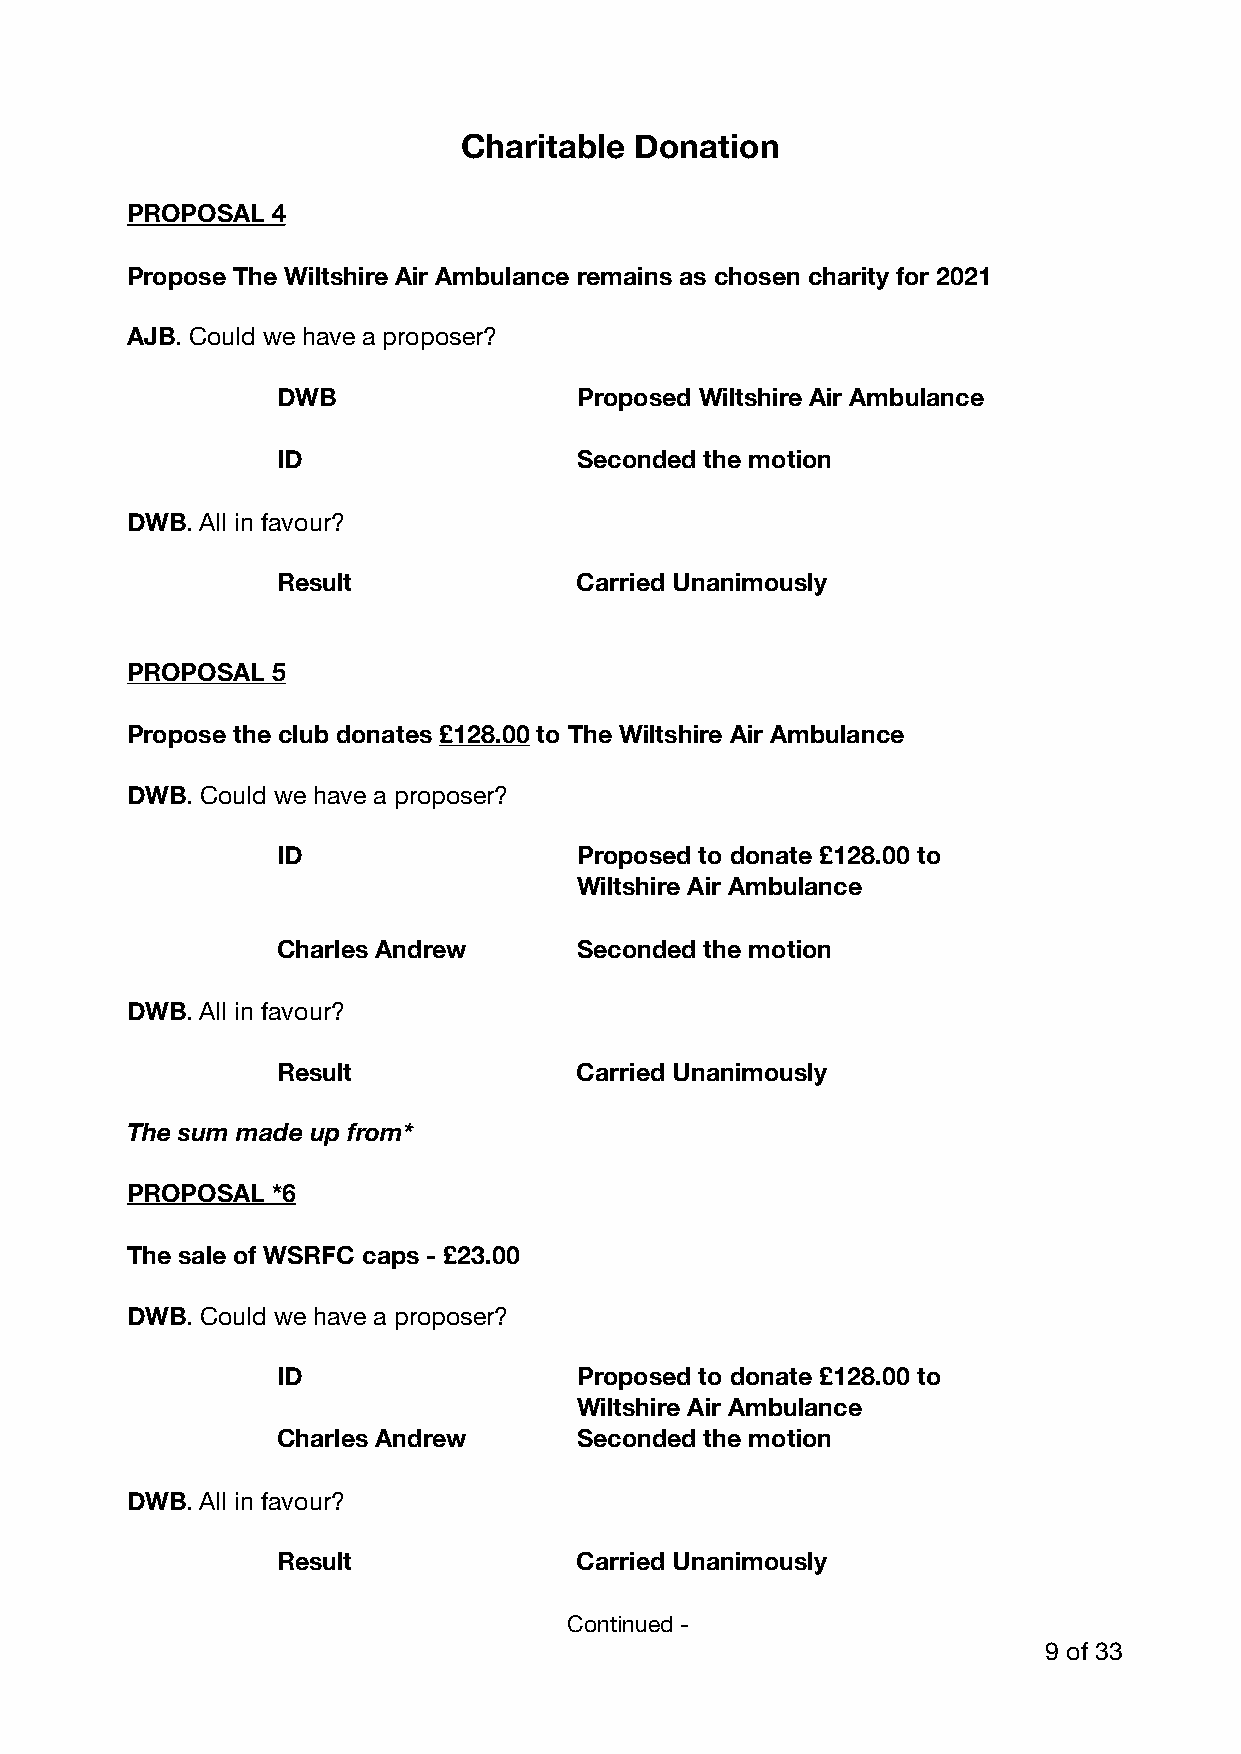
Charitable Donation
 PROPOSAL  4
 Propose The Wiltshire Air Ambulance remains as chosen charity for 2021
 AJB. Could we have a proposer?
 DWB                 Proposed Wiltshire Air Ambulance
 ID                  Seconded the motion
 DWB. All in favour?
 Result              Carried Unanimously
 PROPOSAL  5
 Propose the club donates £128.00 to The Wiltshire Air Ambulance
 DWB. Could we have a proposer?
 ID                  Proposed to donate £128.00 to
 Wiltshire Air Ambulance
 Charles Andrew      Seconded the motion
 DWB. All in favour?
 Result              Carried Unanimously
 The sum made up from*
 PROPOSAL  *6
 The sale of WSRFC caps - £23.00
 DWB. Could we have a proposer?
 ID                  Proposed to donate £128.00 to
 Wiltshire Air Ambulance
 Charles Andrew      Seconded the motion
 DWB. All in favour?
 Result              Carried Unanimously
 Continued -
 9 of 33